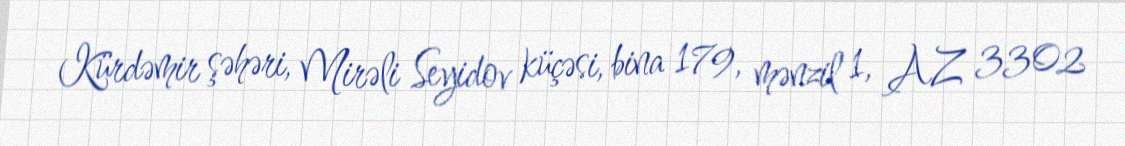
Kürdəmir şəhəri, Mirəli Seyidov küçəsi, bina 179, mənzil 1, AZ 3302